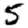
Digit: 5